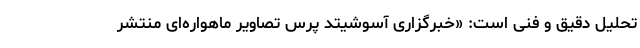
تحلیل دقیق و فنی است: «خبرگزاری آسوشیتد پرس تصاویر ماهواره‌ای منتشر